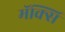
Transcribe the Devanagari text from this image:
मॅक्सि